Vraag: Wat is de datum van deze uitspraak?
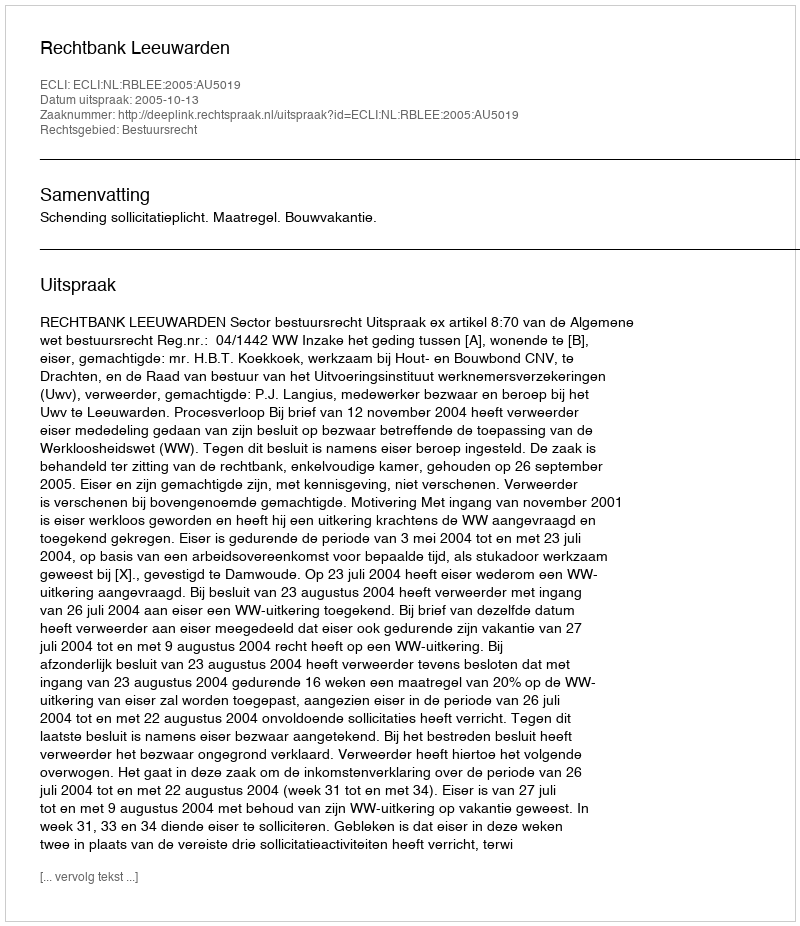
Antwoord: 2005-10-13